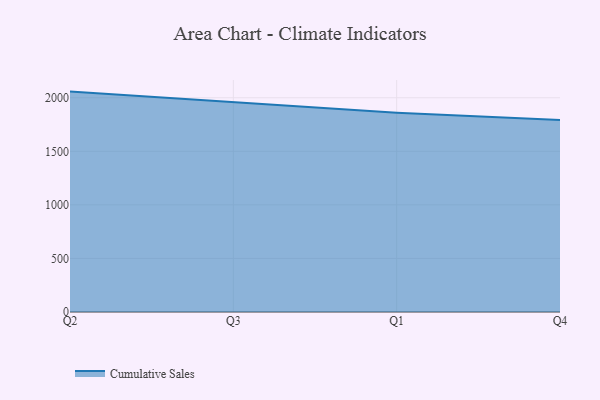
{"axis": {"x": "Quarter", "y": "Tickets Resolved"}, "legend": ["Cumulative Sales"], "data": [{"x": "Q2", "y": 2057.4, "type": "Cumulative Sales"}, {"x": "Q3", "y": 1956.1, "type": "Cumulative Sales"}, {"x": "Q1", "y": 1859.6, "type": "Cumulative Sales"}, {"x": "Q4", "y": 1793.3, "type": "Cumulative Sales"}]}